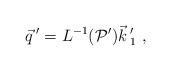
LaTeX: \begin{align*}\vec{q}\,'= L^{-1}({\cal P}')\vec{k}\,'_1 \ ,\end{align*}